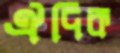
ঐদিক